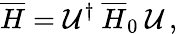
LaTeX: \overline{{{H}}}=\mathcal{U}^{\dagger}\: \overline{{{H}}}_{0}\: \mathcal{U}\, ,